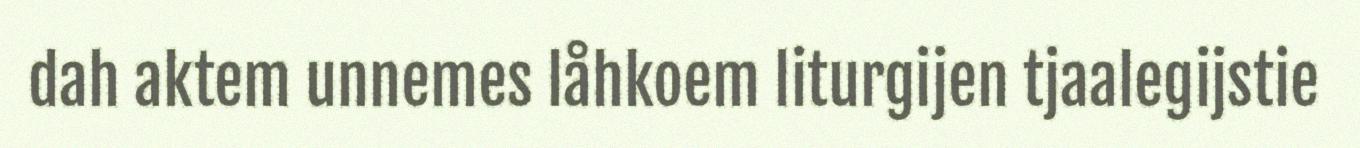
dah aktem unnemes låhkoem liturgijen tjaalegijstie